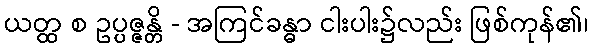
ယတ္ထ စ ဥပ္ပဇ္ဇန္တိ - အကြင်ခန္ဓာ ငါးပါး၌လည်း ဖြစ်ကုန်၏၊